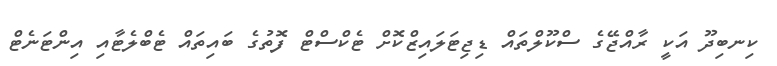
ކިނބިދޫ އަކީ ރާއްޖޭގެ ސްކޫލްތައް ޑިޖިޓަލައިޒްކޮށް ޓެކްސްޓް ފޮތުގެ ބައިތައް ޓެބްލެޓާއި އިންޓަނެޓް